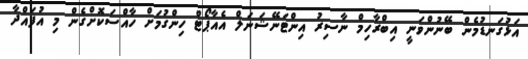
އަޅުގަނޑުމެން ބޭނުންވަނީ އިބްރާހިމް ނާސިރު އިންޓަނޭޝަނަލް އެއާޕޯޓް ހިންގުމަށް ހާއްސަކޮށްގެން މި އުފައްދާ